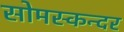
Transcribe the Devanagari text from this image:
सोमस्कन्दर